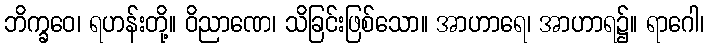
ဘိက္ခဝေ၊ ရဟန်းတို့။ ဝိညာဏေ၊ သိခြင်းဖြစ်သော။ အာဟာရေ၊ အာဟာရ၌။ ရာဂေါ၊